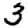
Digit: 3